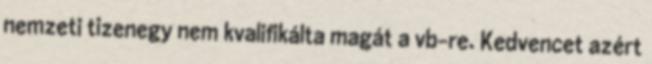
nemzeti tizenegy nem kvalifikálta magát a vb-re. Kedvencet azért